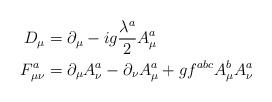
LaTeX: \begin{align*}D_\mu &= \partial_\mu - ig \frac{\lambda^a}{2} A^a_\mu \\F^a_{\mu\nu} &= \partial_\mu A^a_\nu - \partial_\nu A^a_\mu + g f^{abc} A^b_\mu A^a_\nu \end{align*}